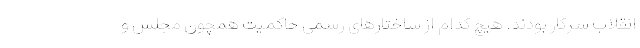
انقلاب سرکار بودند. هیچ کدام از ساختارهای رسمی حاکمیت همچون مجلس و